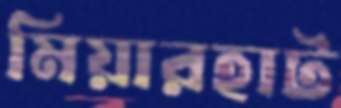
মিয়ারহাট